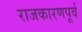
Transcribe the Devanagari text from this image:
राजकारणपूर्व